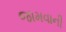
જામવાની